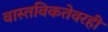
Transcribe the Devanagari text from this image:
वास्तविकतेवरही